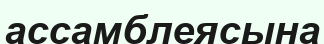
ассамблеясына